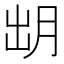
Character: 𣍧